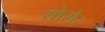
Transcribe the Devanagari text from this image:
योसेर